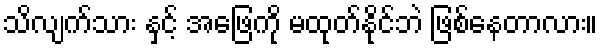
သိလျက်သား နှင့် အဖြေကို မထုတ်နိုင်ဘဲ ဖြစ်နေတာလား။